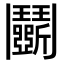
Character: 鬭